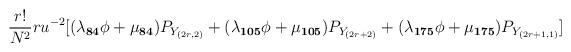
\begin{align*}\frac{r!}{N^2} r u^{-2} [(\lambda_{\bf 84} \phi + \mu_{\bf 84}) P_{Y_{(2r,2)}} + (\lambda_{\bf 105} \phi + \mu_{\bf 105}) P_{Y_{(2r+2)}} +(\lambda_{\bf 175} \phi + \mu_{\bf 175}) P_{Y_{(2r+1,1)}}]\end{align*}